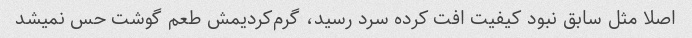
اصلا مثل سابق نبود کیفیت افت کرده سرد رسید، گرم‌کردیمش طعم گوشت حس نمیشد